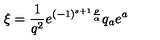
\xi = { \frac { 1 } { q ^ { 2 } } } e ^ { ( - 1 ) ^ { s + 1 } { \frac { \rho } { \alpha } } } q _ { a } e ^ { a }